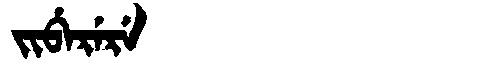
Manchu: ᠵᡳᠪᡝᡵᡝᡵᡝ
Romanization: JIBERERE